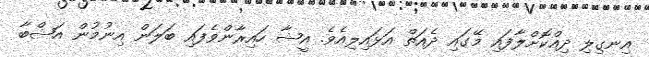
އިނގިލި ދިއްކޮށްލާފައި މޭގައި ދެއަތް އަޅައިލިއެވެ. އީޝާ ހައިރާންވެފައި ބަލަން އިނުމުން އަޝްބާ